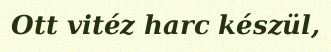
Ott vitéz harc készül,